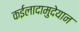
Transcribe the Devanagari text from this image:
कईलादामुदेयान